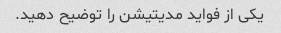
یکی از فواید مدیتیشن را توضیح دهید.